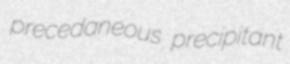
precedaneous precipitant